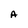
Character: A